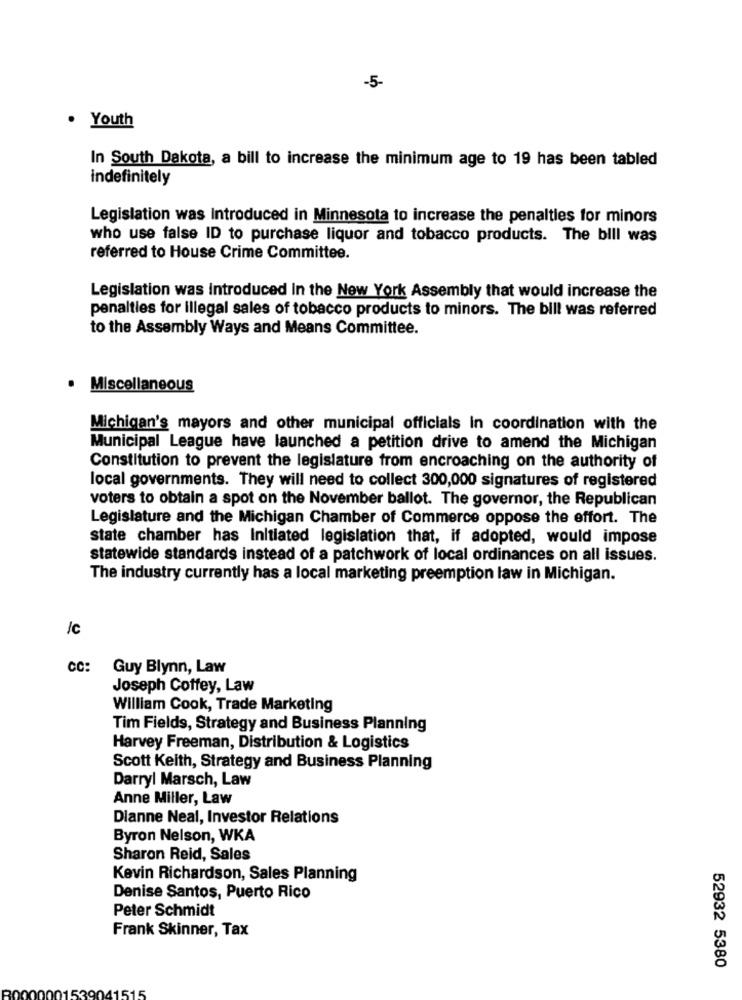
-5-
. Youth
In South Dakota, a bill to increase the minimum age to 19 has been tabled
indefinitely
Legislation was Introduced in Minnesota to increase the penalties for minors
who use false ID to purchase liquor and tobacco products. The bill was
referred to House Crime Committee.
Legislation was Introduced In the New York Assembly that would increase the
penalties for illegal sales of tobacco products to minors. The bill was referred
to the Assembly Ways and Means Committee.
Miscellaneous
Michigan's mayors and other municipal officials In coordination with the
Municipal League have launched a petition drive to amend the Michigan
Constitution to prevent the legislature from encroaching on the authority of
local governments. They will need to collect 300,000 signatures of registered
voters to obtain a spot on the November ballot. The governor, the Republican
Legislature and the Michigan Chamber of Commerce oppose the effort. The
state chamber has Initiated legislation that, if adopted, would impose
statewide standards instead of a patchwork of local ordinances on all issues.
The industry currently has a local marketing preemption law in Michigan.
/c
CC:
Guy Blynn, Law
Joseph Coffey, Law
William Cook, Trade Marketing
Tim Fields, Strategy and Business Planning
Harvey Freeman, Distribution & Logistics
Scott Keith, Strategy and Business Planning
Darryl Marsch, Law
Anne Miller, Law
Dianne Neal, Investor Relations
Byron Nelson, WKA
Sharon Reid, Sales
Kevin Richardson, Sales Planning
Denise Santos, Puerto Rico
Peter Schmidt
Frank Skinner, Tax
52932 5380